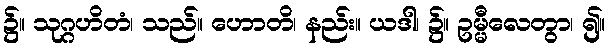
၌။ သုဂ္ဂဟိတံ၊ သည်။ ဟောတိ၊ နည်း။ ယဒါ၊ ၌။ ဥမ္မီလေတွာ၊ ၍။